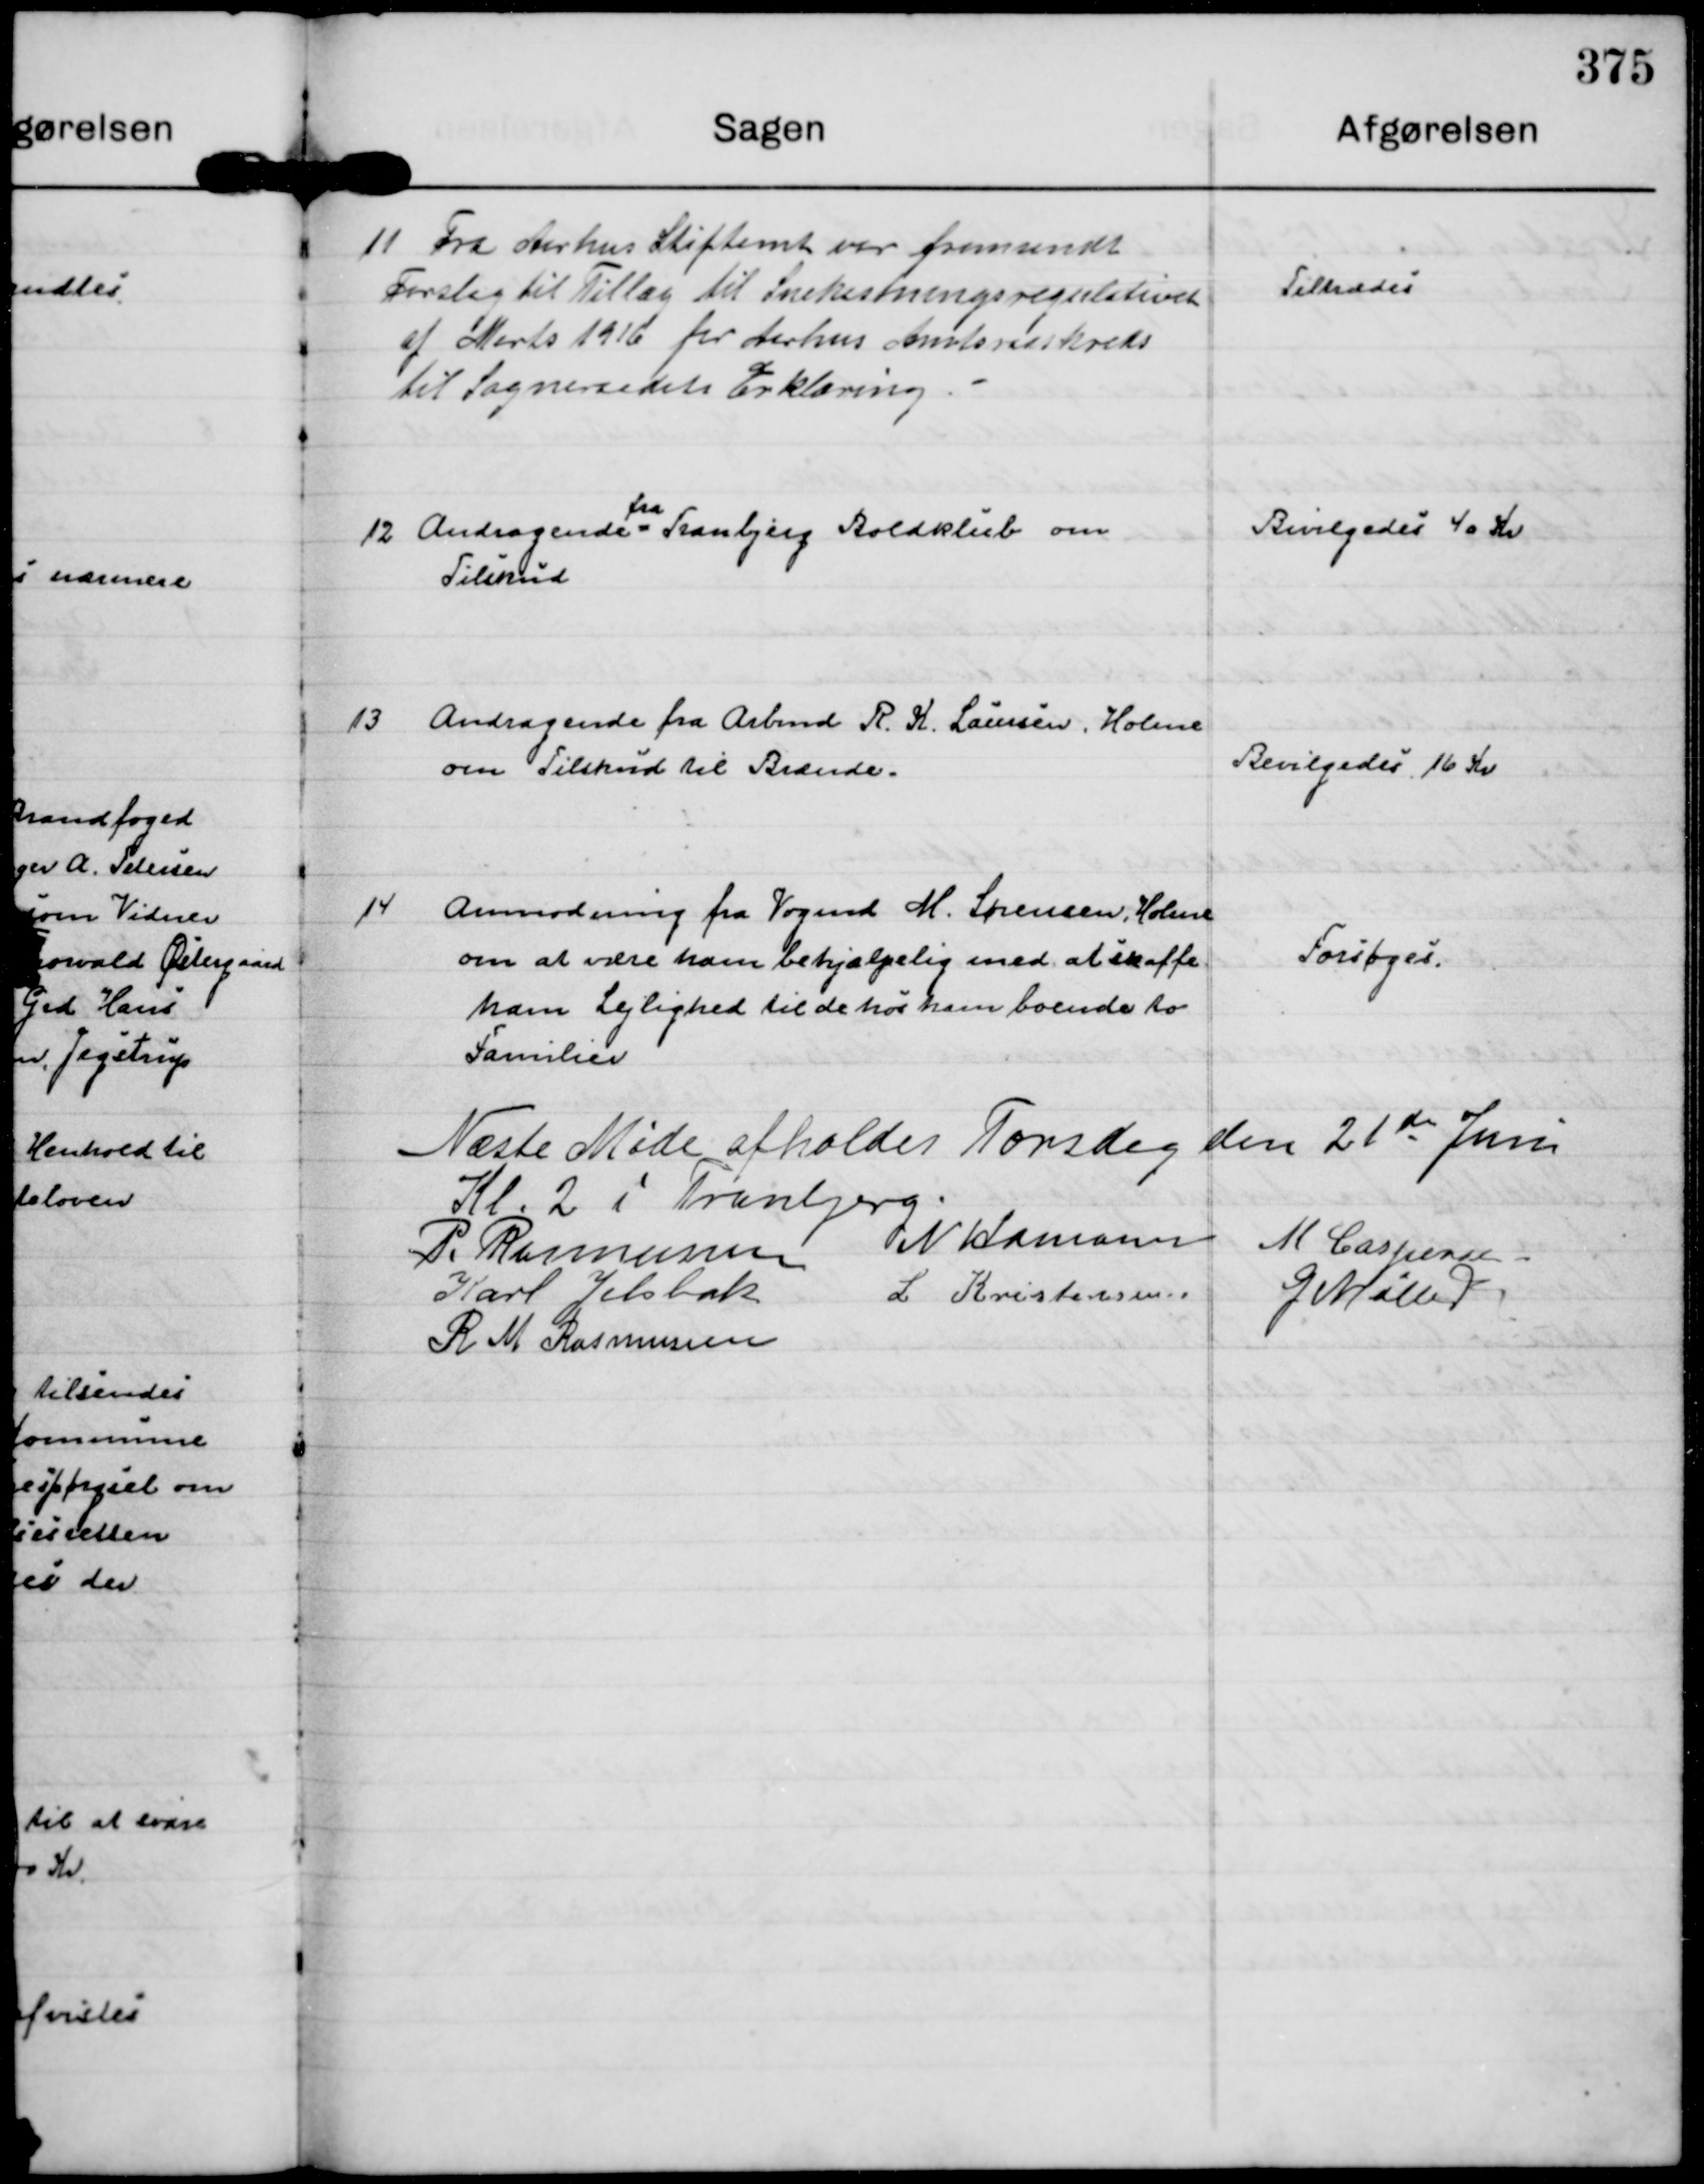
Transskription:
11
Fra Aarhus Stiftamt var fremsendt
Forslag til Tillæg til Snekastningsregulativet
af Marts 1916 for Aarhus Amtsraadskreds
til Sogneraadets Erklæring.

Tiltrædes

12
Andragende
fra
Tranbjerg Boldklub om
Tilskud

Bevilgedes 40 Kr

13
Andragende fra Arbmd R. K. Laursen, Holme
om Tilskud til Brænde.

Bevilgedes 16 Kr

14
Anmodning fra Vogmd M. Sørensen, Holme
om at være ham behjælpelig med at skaffe
ham Lejlighed til de hos ham boende to
Familier

Forsøges.

Næste Møde afholdes Torsdag den 21 de Juni
Kl. 2 i Tranbjerg.
P. Rasmussen
N Hamann
M Caspersen
Karl Jelsbak
L Kristensen.
G Møller
R M Rasmussen